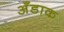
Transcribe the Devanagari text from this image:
अँडाक